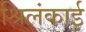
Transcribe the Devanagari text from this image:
श्रिलंकाई